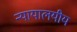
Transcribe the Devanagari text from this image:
न्यायालयीय